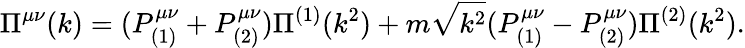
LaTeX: \Pi^{\mu\nu}(k)=(P_{(1)}^{\mu\nu}+P_{(2)}^{\mu\nu})\Pi^{(1)}(k^{2})+m\sqrt{k^{2}}(P_{(1)}^{\mu\nu}-P_{(2)}^{\mu\nu})\Pi^{(2)}(k^{2}).